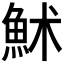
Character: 𩶄